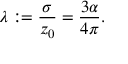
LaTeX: \lambda : = { \frac { \sigma } { z _ { 0 } } } = { \frac { 3 \alpha } { 4 \pi } } .